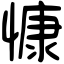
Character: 慷